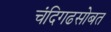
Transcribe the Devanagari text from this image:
चंदिगढसोबत